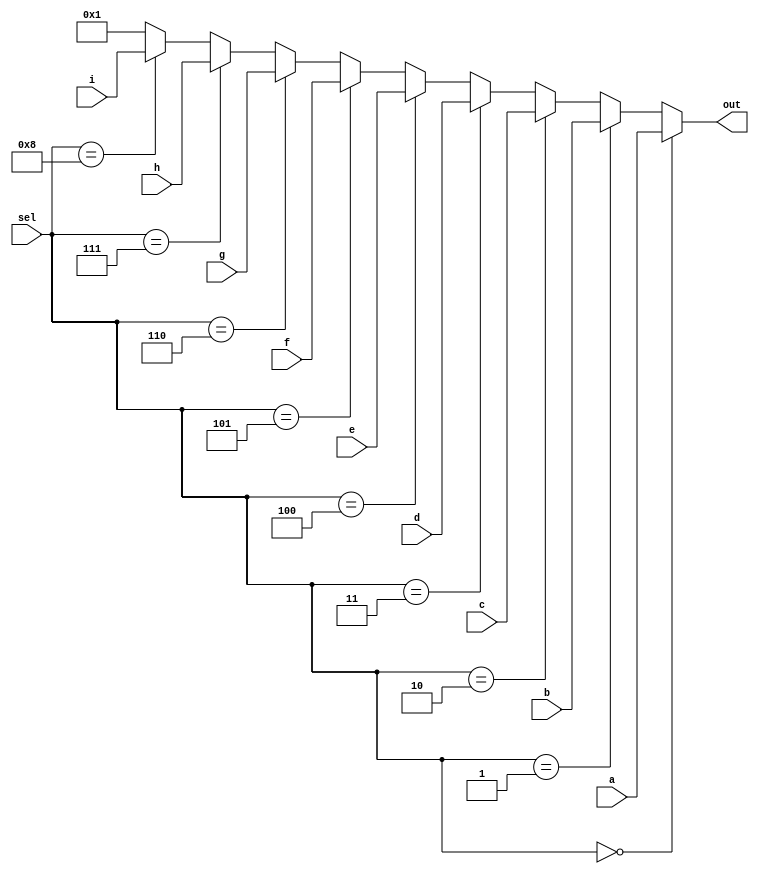
module top_module( 
    input [15:0] a, b, c, d, e, f, g, h, i,
    input [3:0] sel,
    output [15:0] out );
    
    always @ (sel)
        begin
            if(sel == 4'b0000)
                 out = a;
            else if (sel == 4'b0001)
                 out = b;
            else if(sel == 4'b0010)
                out = c;
            else if(sel == 4'b0011)
                out = d;
            else if(sel == 4'b0100)
                out = e;
            else if(sel == 4'b0101)
                out = f;
            else if(sel == 4'b0110)
                out = g;
            else if(sel == 4'b0111)
                out = h;
            else if(sel == 4'b1000)
                out = i;
            else
                out = 16'b1;
        end

endmodule